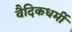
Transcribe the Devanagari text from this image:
वैदिकधर्मी